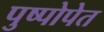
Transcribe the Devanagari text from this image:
पुष्पोपेत